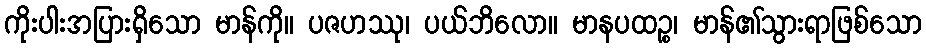
ကိုးပါးအပြားရှိသော မာန်ကို။ ပဇဟဿု၊ ပယ်ဘိလော။ မာနပထဉ္စ၊ မာန်၏သွားရာဖြစ်သော